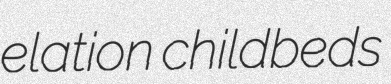
elation childbeds